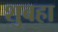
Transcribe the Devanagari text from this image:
शुबहा